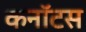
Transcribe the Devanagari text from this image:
कनॉटस